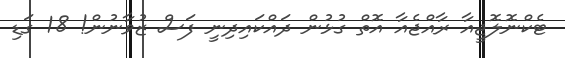
ޓެކްނޮލޮޖީއާ ރާއްޖެއާ އޮތް ގުޅުން ދައްކައިދިނީ ފަސް ޒުވާނުން! 18 ގަޑި